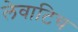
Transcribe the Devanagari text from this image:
लेवाटिच